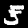
Digit: 5